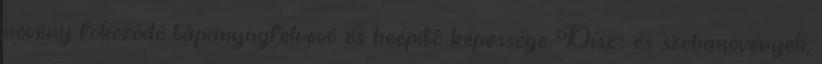
növény fokozódó tápanyagfelvevő és beépítő képessége Dísz- és szobanövények,